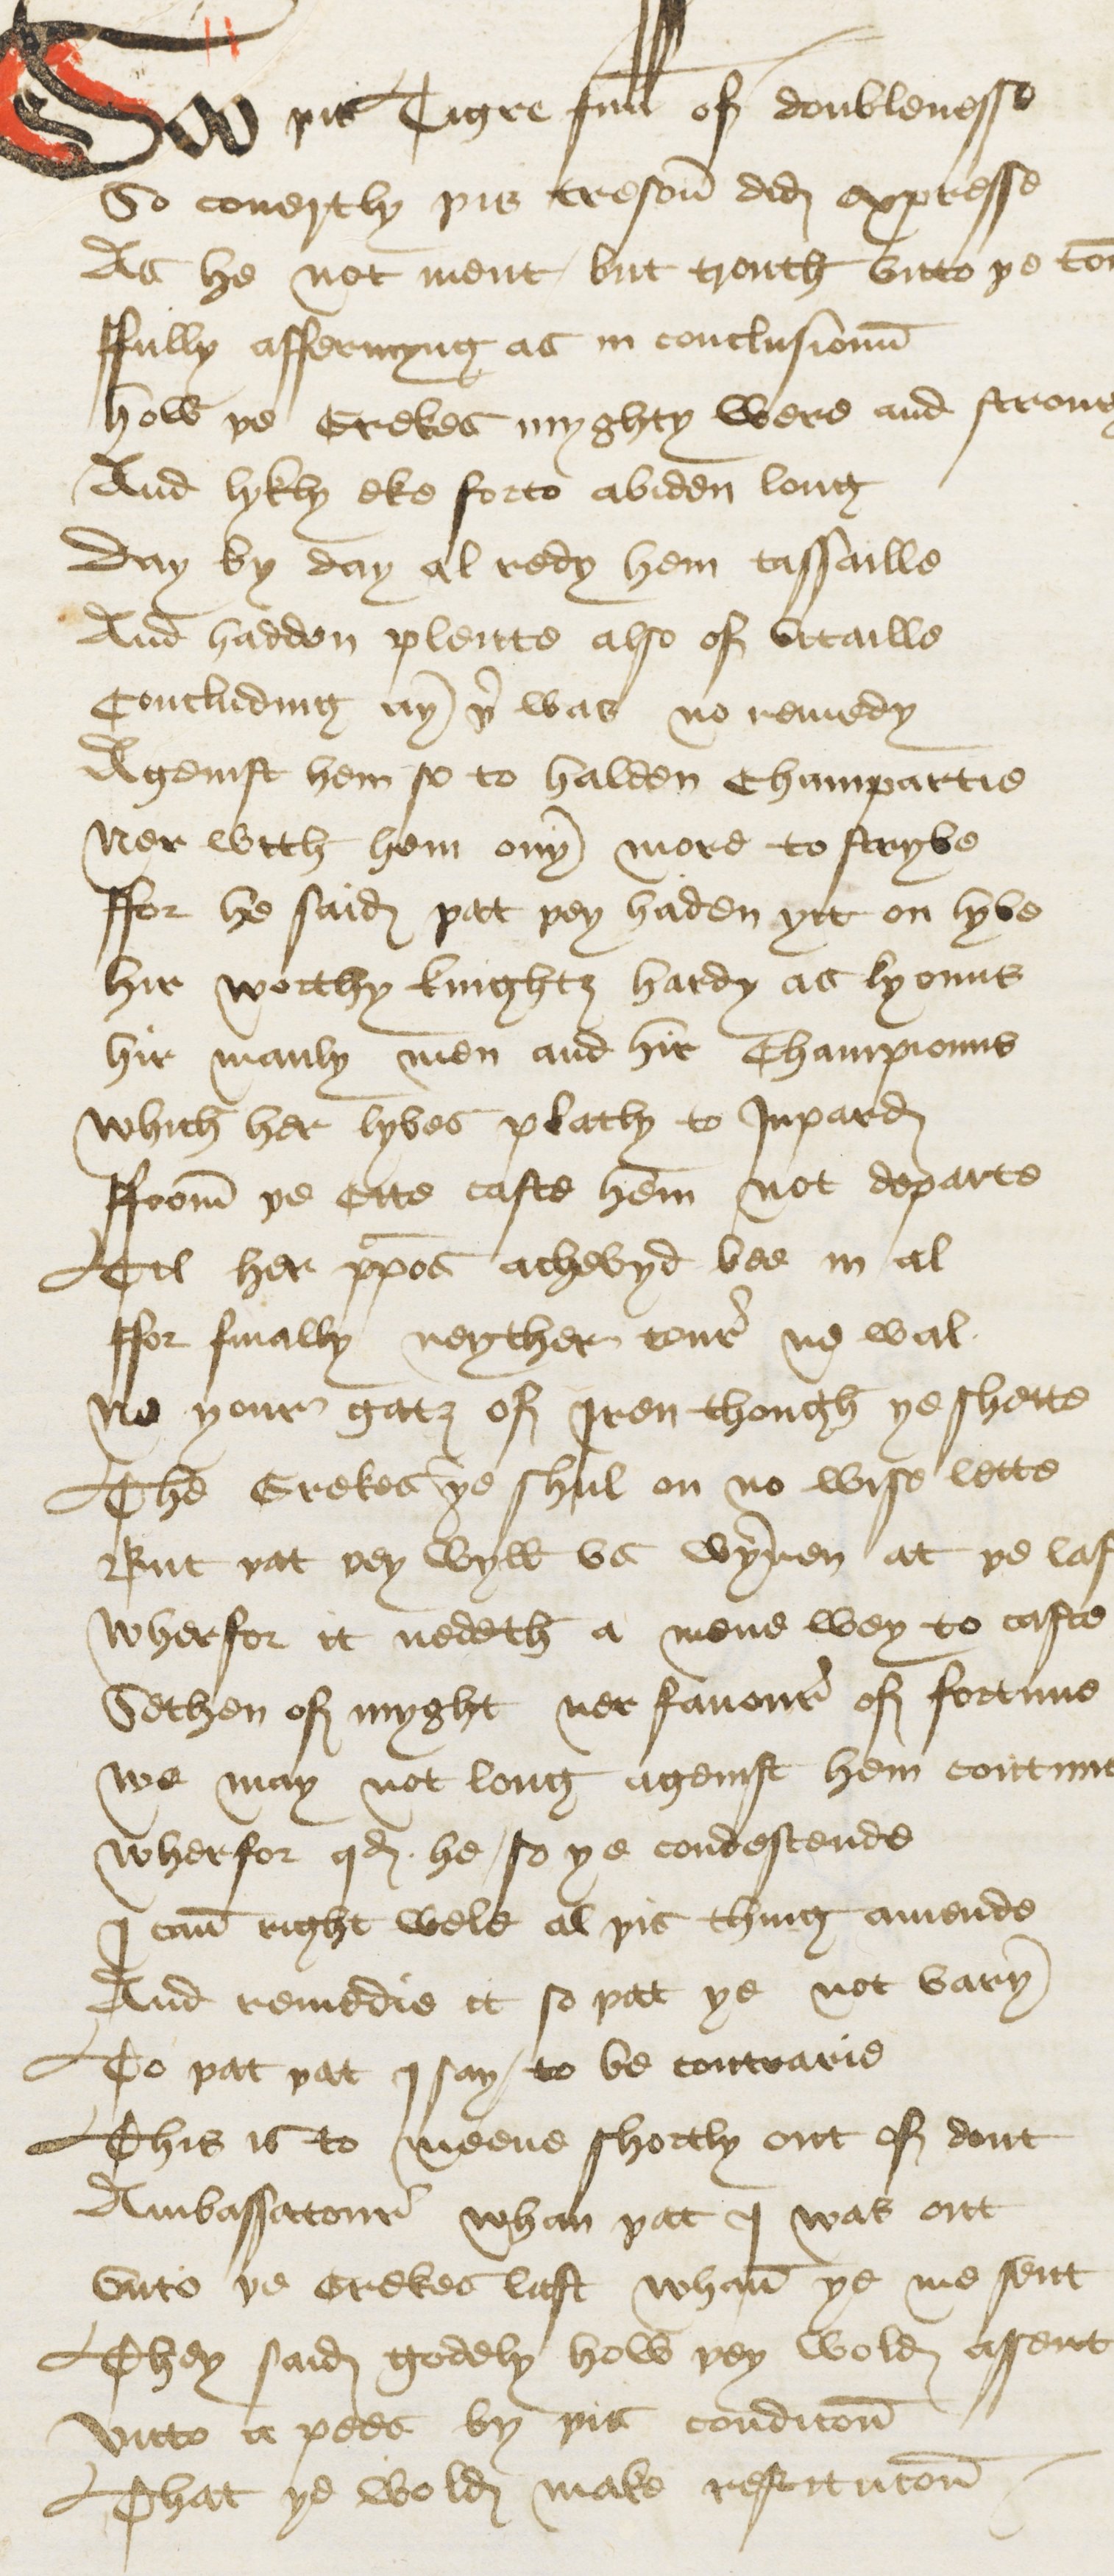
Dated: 1440–1460